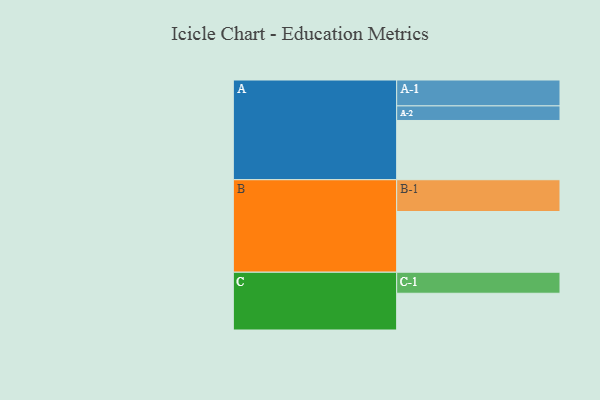
{"axis": {"x": "Segment", "y": "Value"}, "legend": ["", "A", "B", "C"], "data": [{"x": "A", "y": 524, "type": ""}, {"x": "B", "y": 537, "type": ""}, {"x": "C", "y": 325, "type": ""}, {"x": "A-1", "y": 229, "type": "A"}, {"x": "A-2", "y": 129, "type": "A"}, {"x": "B-1", "y": 281, "type": "B"}, {"x": "C-1", "y": 186, "type": "C"}]}